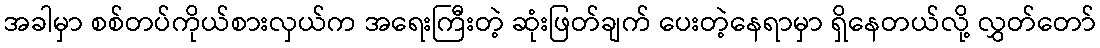
အခါမှာ စစ်တပ်ကိုယ်စားလှယ်က အရေးကြီးတဲ့ ဆုံးဖြတ်ချက် ပေးတဲ့နေရာမှာ ရှိနေတယ်လို့ လွှတ်တော်